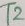
Text: T2